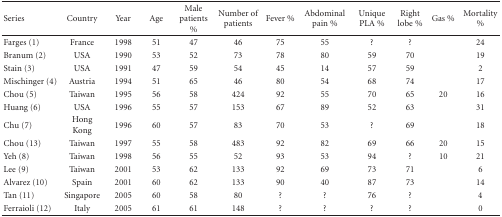
<table><thead><tr><td><b>Series</b></td><td><b>Country</b></td><td><b>Year</b></td><td><b>Age</b></td><td><b>Male patients %</b></td><td><b>Number of patients</b></td><td><b>Fever %</b></td><td><b>Abdominal pain %</b></td><td><b>Unique PLA %</b></td><td><b>Right lobe %</b></td><td><b>Gas %</b></td><td><b>Mortality %</b></td></tr></thead><tbody><tr><td>Farges (1)</td><td>France</td><td>1998</td><td>51</td><td>47</td><td>46</td><td>75</td><td>55</td><td>?</td><td>?</td><td></td><td>24</td></tr><tr><td>Branum (2)</td><td>USA</td><td>1990</td><td>53</td><td>52</td><td>73</td><td>78</td><td>80</td><td>59</td><td>70</td><td></td><td>19</td></tr><tr><td>Stain (3)</td><td>USA</td><td>1991</td><td>47</td><td>59</td><td>54</td><td>45</td><td>14</td><td>57</td><td>59</td><td></td><td>2</td></tr><tr><td>Mischinger (4)</td><td>Austria</td><td>1994</td><td>51</td><td>65</td><td>46</td><td>80</td><td>54</td><td>68</td><td>74</td><td></td><td>17</td></tr><tr><td>Chou (5)</td><td>Taiwan</td><td>1995</td><td>56</td><td>58</td><td>424</td><td>92</td><td>55</td><td>70</td><td>65</td><td>20</td><td>16</td></tr><tr><td>Huang (6)</td><td>USA</td><td>1996</td><td>55</td><td>57</td><td>153</td><td>67</td><td>89</td><td>52</td><td>63</td><td></td><td>31</td></tr><tr><td>Chu (7)</td><td>Hong Kong</td><td>1996</td><td>60</td><td>57</td><td>83</td><td>70</td><td>53</td><td>?</td><td>69</td><td></td><td>18</td></tr><tr><td>Chou (13)</td><td>Taiwan</td><td>1997</td><td>55</td><td>58</td><td>483</td><td>92</td><td>82</td><td>69</td><td>66</td><td>20</td><td>15</td></tr><tr><td>Yeh (8)</td><td>Taiwan</td><td>1998</td><td>56</td><td>55</td><td>52</td><td>93</td><td>53</td><td>94</td><td>?</td><td>10</td><td>21</td></tr><tr><td>Lee (9)</td><td>Taiwan</td><td>2001</td><td>53</td><td>62</td><td>133</td><td>92</td><td>69</td><td>73</td><td>71</td><td></td><td>6</td></tr><tr><td>Alvarez (10)</td><td>Spain</td><td>2001</td><td>60</td><td>62</td><td>133</td><td>90</td><td>40</td><td>87</td><td>73</td><td></td><td>14</td></tr><tr><td>Tan (11)</td><td>Singapore</td><td>2005</td><td>60</td><td>58</td><td>80</td><td>?</td><td>?</td><td>76</td><td>?</td><td></td><td>4</td></tr><tr><td>Ferraioli (12)</td><td>Italy</td><td>2005</td><td>61</td><td>61</td><td>148</td><td>?</td><td>?</td><td>?</td><td>?</td><td></td><td>0</td></tr></tbody></table>